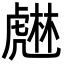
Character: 𧇨